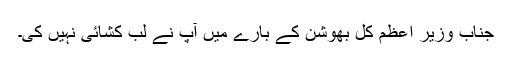
جناب وزیر اعظم کل بھوشن کے بارے میں آپ نے لب کشائی نہیں کی۔